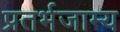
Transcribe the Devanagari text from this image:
प्रतर्भजाम्य